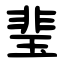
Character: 㻗